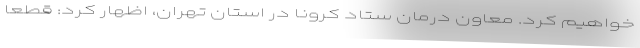
خواهیم کرد. معاون درمان ستاد کرونا در استان تهران، اظهار کرد: قطعا